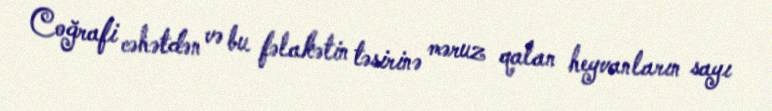
Coğrafi cəhətdən və bu fəlakətin təsirinə məruz qalan heyvanların sayı